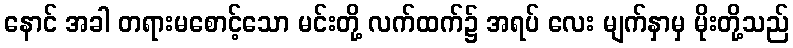
နောင် အခါ တရားမစောင့်သော မင်းတို့ လက်ထက်၌ အရပ် လေး မျက်နှာမှ မိုးတို့သည်